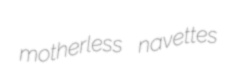
motherless navettes